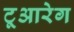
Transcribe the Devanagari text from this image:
टूआरेग